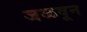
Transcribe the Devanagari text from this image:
जळवून